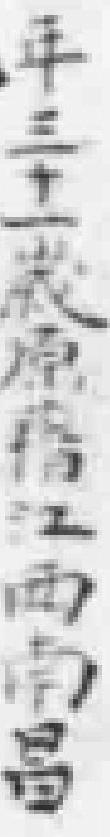
年三十一歲原籍江西南昌